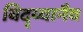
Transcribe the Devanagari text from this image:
विद्य्यानैव